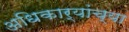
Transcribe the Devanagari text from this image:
अधिकार्यांच्या